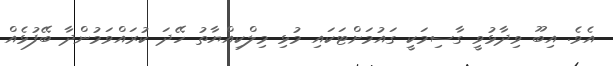
އެވެ. އިބޫ ވިދާޅުވީ ގާސިމަކީ ގައުމަށްޓަކައި މުޅި މިލްކިއްޔާތު ހޭދަ ކުރައްވަމުންދާ ބޭފުޅެއް